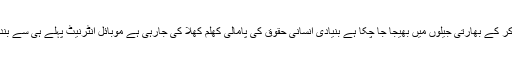
اب ہزاروں کشمیریوں کو گرفتار کر کے بھارتی جیلوں میں بھیجا جا چکا ہے بنیادی انسانی حقوق کی پامالی کھلم کھلا کی جارہی ہے موبائل انٹرنیٹ پہلے ہی سے بند ہیں غذا اور دوا کی شدید قلت ہے۔